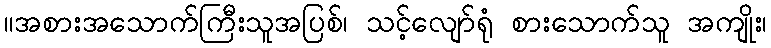
။အစားအသောက်ကြီးသူအပြစ်၊ သင့်လျော်ရုံ စားသောက်သူ အကျိုး၊